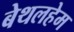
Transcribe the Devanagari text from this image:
बेथलहेम